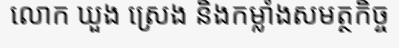
លោក ឃួង ស្រេង និងកម្លាំងសមត្ថកិច្ច